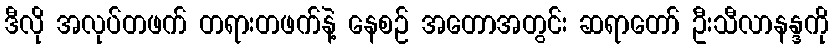
ဒီလို အလုပ်တဖက် တရားတဖက်နဲ့ နေစဉ် အတောအတွင်း ဆရာတော် ဦးသီလာနန္ဒကို